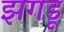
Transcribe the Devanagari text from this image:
झगडू